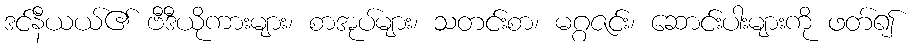
ဒင်နီယယ်၏ ဗီဒီယိုကားများ၊ စာအုပ်များ၊ သတင်းစာ၊ မဂ္ဂဇင်း၊ ဆောင်းပါးများကို ဖတ်၍